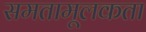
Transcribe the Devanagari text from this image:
समतामूलकता